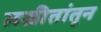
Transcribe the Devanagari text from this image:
लळीतांतून